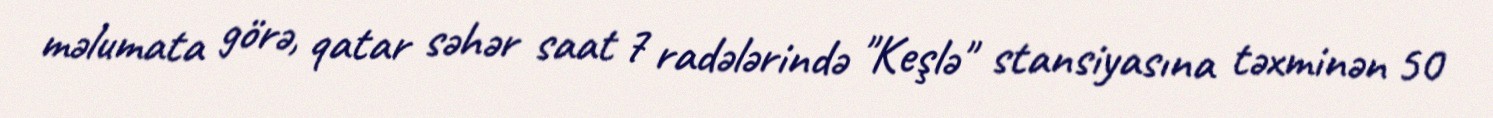
məlumata görə, qatar səhər saat 7 radələrində "Keşlə" stansiyasına təxminən 50